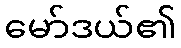
မော်ဒယ်၏